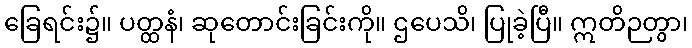
ခြေရင်း၌။ ပတ္ထနံ၊ ဆုတောင်းခြင်းကို။ ဌပေသိ၊ ပြုခဲ့ပြီ။ ဣတိဉတွာ၊